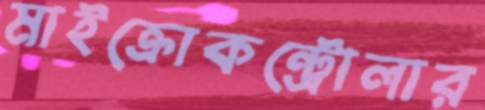
মাইক্রোকন্ট্রোলার